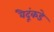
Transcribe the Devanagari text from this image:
वैदूंकडे